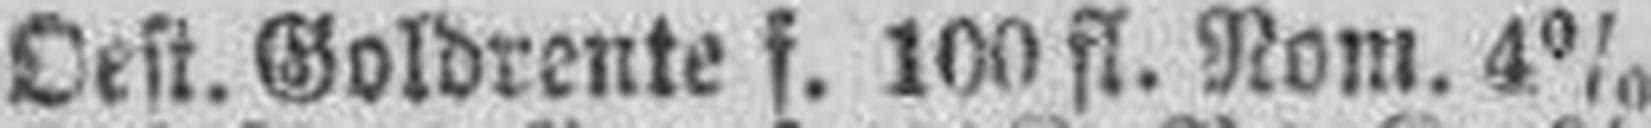
Oest. Goldrente f. 100 fl. Nom. 4%